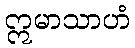
ဣမာသာဟံ